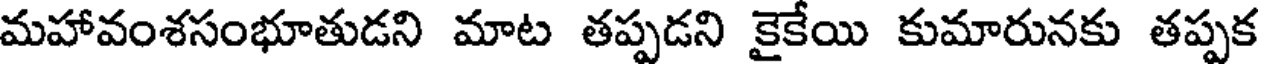
మహావంశసంభూతుడని మాట తప్పడని కైకేయి కుమారునకు తప్పక